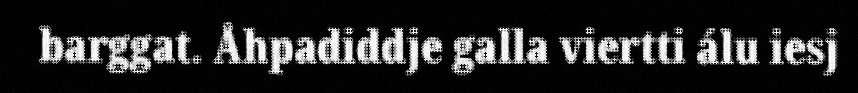
barggat. Åhpadiddje galla viertti álu iesj